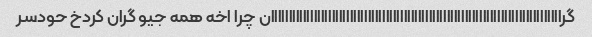
گرااااااااااااااااااااااااااااااااااااااااااااااااااااااااااااااااااااااااااااااااان چرا اخه همه جیو گران کردخ حودسر